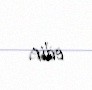
edir.